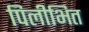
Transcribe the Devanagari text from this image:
पिलीभित